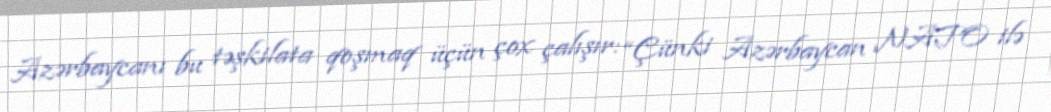
Azərbaycanı bu təşkilata qoşmaq üçün çox çalışır: “Çünki Azərbaycan NATO ilə